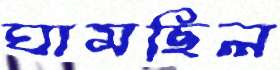
ঘামছিল